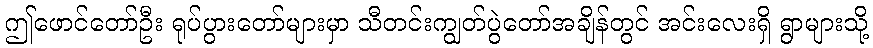
ဤဖောင်တော်ဦး ရုပ်ပွားတော်များမှာ သီတင်းကျွတ်ပွဲတော်အချိန်တွင် အင်းလေးရှိ ရွာများသို့